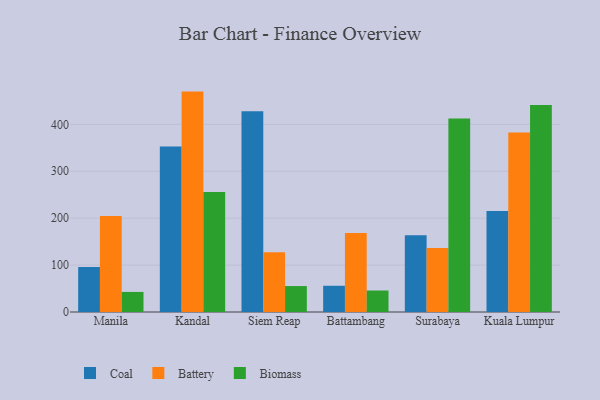
{"axis": {"x": "City", "y": "Latency (ms)"}, "legend": ["Battery", "Biomass", "Coal"], "data": [{"x": "Manila", "y": 95.7, "type": "Coal"}, {"x": "Manila", "y": 204.8, "type": "Battery"}, {"x": "Manila", "y": 42.8, "type": "Biomass"}, {"x": "Kandal", "y": 353.1, "type": "Coal"}, {"x": "Kandal", "y": 469.9, "type": "Battery"}, {"x": "Kandal", "y": 255.9, "type": "Biomass"}, {"x": "Siem Reap", "y": 428.1, "type": "Coal"}, {"x": "Siem Reap", "y": 127.4, "type": "Battery"}, {"x": "Siem Reap", "y": 55.3, "type": "Biomass"}, {"x": "Battambang", "y": 55.9, "type": "Coal"}, {"x": "Battambang", "y": 168.4, "type": "Battery"}, {"x": "Battambang", "y": 45.8, "type": "Biomass"}, {"x": "Surabaya", "y": 163.9, "type": "Coal"}, {"x": "Surabaya", "y": 136.6, "type": "Battery"}, {"x": "Surabaya", "y": 412.7, "type": "Biomass"}, {"x": "Kuala Lumpur", "y": 215.2, "type": "Coal"}, {"x": "Kuala Lumpur", "y": 382.5, "type": "Battery"}, {"x": "Kuala Lumpur", "y": 441.2, "type": "Biomass"}]}